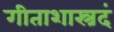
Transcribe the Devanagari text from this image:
गीताशास्त्रदं